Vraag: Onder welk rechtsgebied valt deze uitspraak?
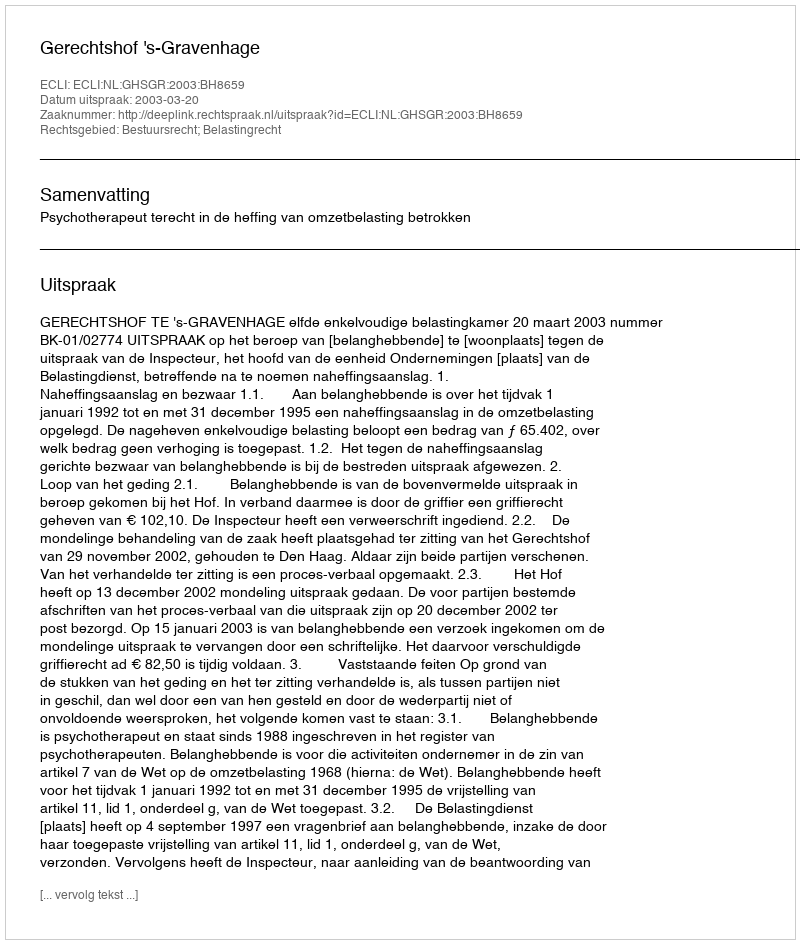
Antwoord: Bestuursrecht; Belastingrecht